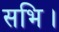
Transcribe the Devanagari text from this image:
सभि।